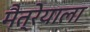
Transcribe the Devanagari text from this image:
मैत्रेयाला